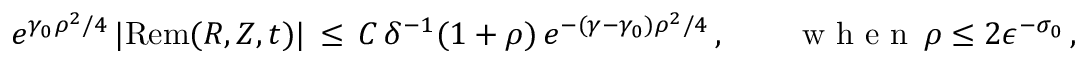
e ^ { \gamma _ { 0 } \rho ^ { 2 } / 4 } \, | \mathrm { R e m } ( R , Z , t ) | \, \le \, C \, \delta ^ { - 1 } ( 1 + \rho ) \, e ^ { - ( \gamma - \gamma _ { 0 } ) \rho ^ { 2 } / 4 } \, , \qquad \mathrm { ~ w ~ h ~ e ~ n ~ } \, \rho \le 2 \epsilon ^ { - \sigma _ { 0 } } \, ,